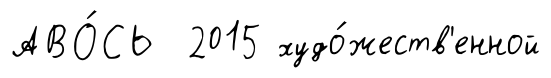
АВО́СЬ 2015 худо́жеств'енной